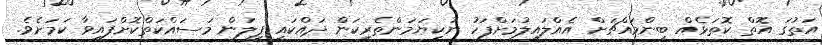
އަތުގަ އޮތް ކޮތަޅެއް ބިންމައްޗަށް އެއްލައިލުމަށްފަހު ނުކިޔަމަންތެރިކަން ދައްކައި ފިލަން މަސައްކަތްކޮށްފައިވާ ކަމަށެވެ.